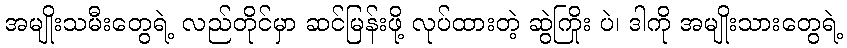
အမျိုးသမီးတွေရဲ့ လည်တိုင်မှာ ဆင်မြန်းဖို့ လုပ်ထားတဲ့ ဆွဲကြိုး ပဲ၊ ဒါကို အမျိုးသားတွေရဲ့